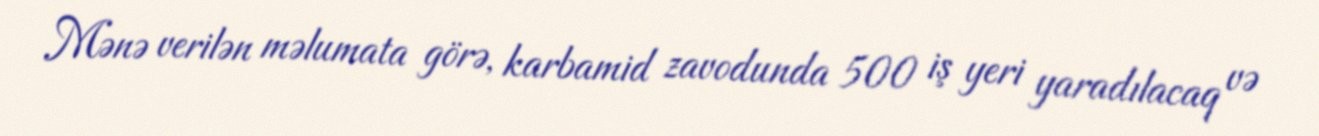
Mənə verilən məlumata görə, karbamid zavodunda 500 iş yeri yaradılacaq və